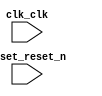

module InterfaceAvalon (
	clk_clk,
	reset_reset_n);	

	input		clk_clk;
	input		reset_reset_n;
endmodule